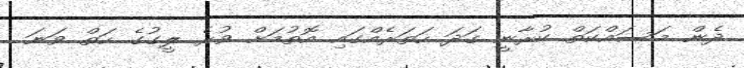
ދެން މަސައްކަތް ކުރާނީ ގަދަ ހަތަރެއްގައި އޮތުމަށް ވުރެ ލީގުގެ ހަތް ވަނަ